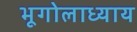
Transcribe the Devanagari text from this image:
भूगोलाध्याय